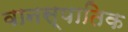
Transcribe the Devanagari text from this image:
वानस्पातिक